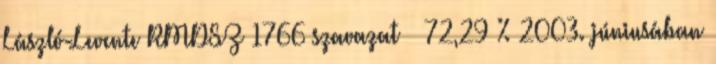
László-Levente RMDSZ 1766 szavazat 72,29 % 2003. júniusában